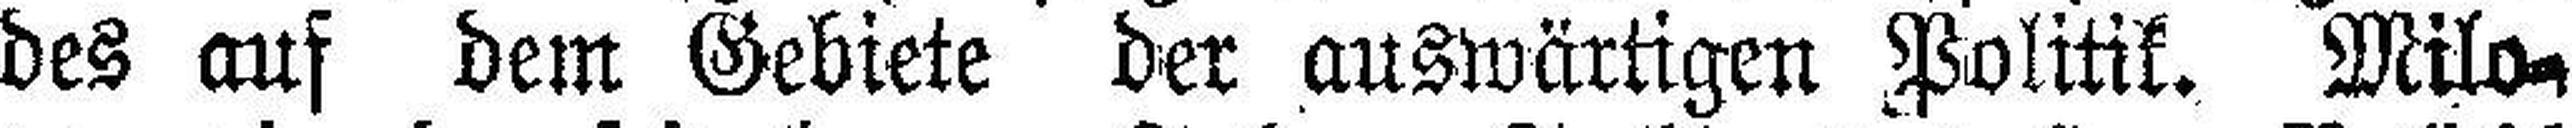
des auf dem Gebiete der auswärtigen Politik. Milo¬